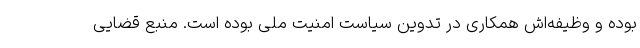
بوده و وظیفه‌اش همکاری در تدوین سیاست امنیت ملی بوده است. منبع قضایی